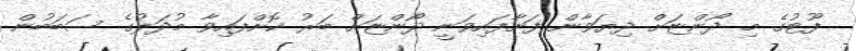
ފޫޓުގެ މި ދޯންޏަށް ދިޔަވާން ފަށާފައިވަނީ ދޯންޏަށް ބަރު ކޮށްފައިވާ މުދަލުގެ ސަބަބުން